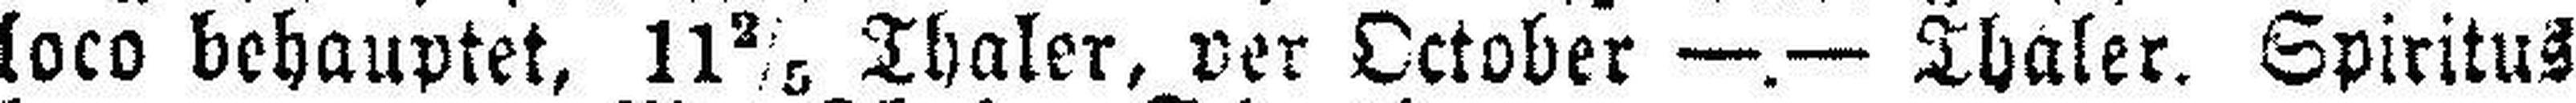
loco behauptet, 11 2/5 Thaler, per October —.— Thaler. Spiritus